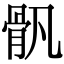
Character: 骪